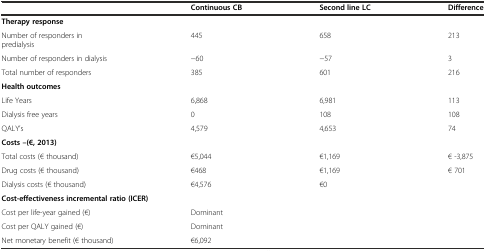
<table><thead><tr><td>[EMPTY_CELL]</td><td><b>Continuous CB</b></td><td><b>Second line LC</b></td><td><b>Difference</b></td></tr></thead><tbody><tr><td colspan="4"><b>Therapy response</b></td></tr><tr><td>Number of responders in predialysis</td><td>445</td><td>658</td><td>213</td></tr><tr><td>Number of responders in dialysis</td><td>−60</td><td>−57</td><td>3</td></tr><tr><td>Total number of responders</td><td>385</td><td>601</td><td>216</td></tr><tr><td colspan="4"><b>Health outcomes</b></td></tr><tr><td>Life Years</td><td>6,868</td><td>6,981</td><td>113</td></tr><tr><td>Dialysis free years</td><td>0</td><td>108</td><td>108</td></tr><tr><td>QALY’s</td><td>4,579</td><td>4,653</td><td>74</td></tr><tr><td colspan="4"><b>Costs –(€, 2013)</b></td></tr><tr><td>Total costs (€ thousand)</td><td>€5,044</td><td>€1,169</td><td>€ -3,875</td></tr><tr><td>Drug costs (€ thousand)</td><td>€468</td><td>€1,169</td><td>€ 701</td></tr><tr><td>Dialysis costs (€ thousand)</td><td>€4,576</td><td>€0</td><td>[EMPTY_CELL]</td></tr><tr><td colspan="4"><b>Cost-effectiveness incremental ratio (ICER)</b></td></tr><tr><td>Cost per life-year gained (€)</td><td colspan="3">Dominant</td></tr><tr><td>Cost per QALY gained (€)</td><td colspan="3">Dominant</td></tr><tr><td>Net monetary benefit (€ thousand)</td><td colspan="3">€6,092</td></tr></tbody></table>